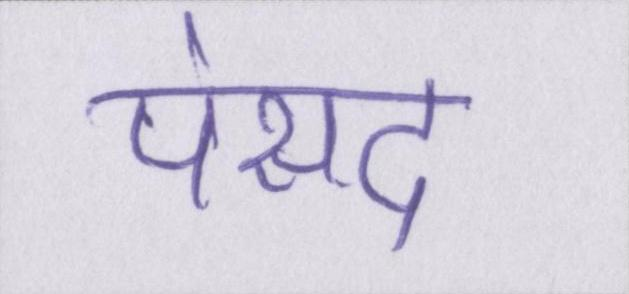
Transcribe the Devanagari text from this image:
पंसद